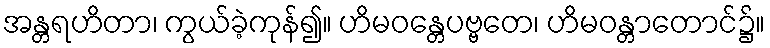
အန္တရဟိတာ၊ ကွယ်ခဲ့ကုန်၍။ ဟိမဝန္တေပဗ္ဗတေ၊ ဟိမဝန္တာတောင်၌။